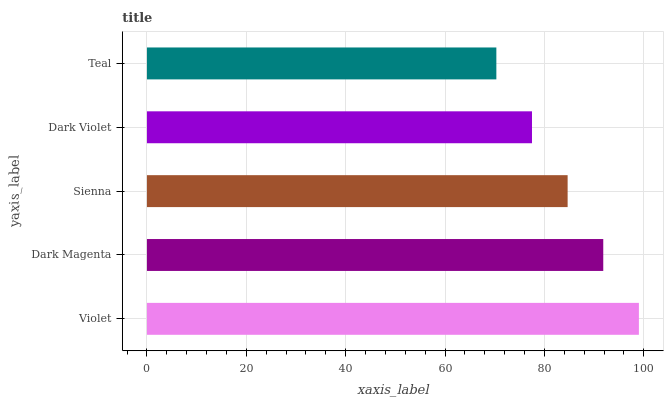
| yaxis_label | bars |
 | --- | --- |
 | Violet | 99 |
 | Dark Magenta | 91.8 |
 | Sienna | 84.7 |
 | Dark Violet | 77.5 |
 | Teal | 70.3 |